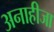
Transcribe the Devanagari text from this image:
अनाहीजा